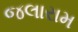
જલારામ